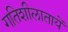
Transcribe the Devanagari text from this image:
गतिशीलातायें